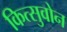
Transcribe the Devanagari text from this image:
कित्सुवोन